Vaccination in Burma 1920-1933 - 1920-1933
Year: 1920
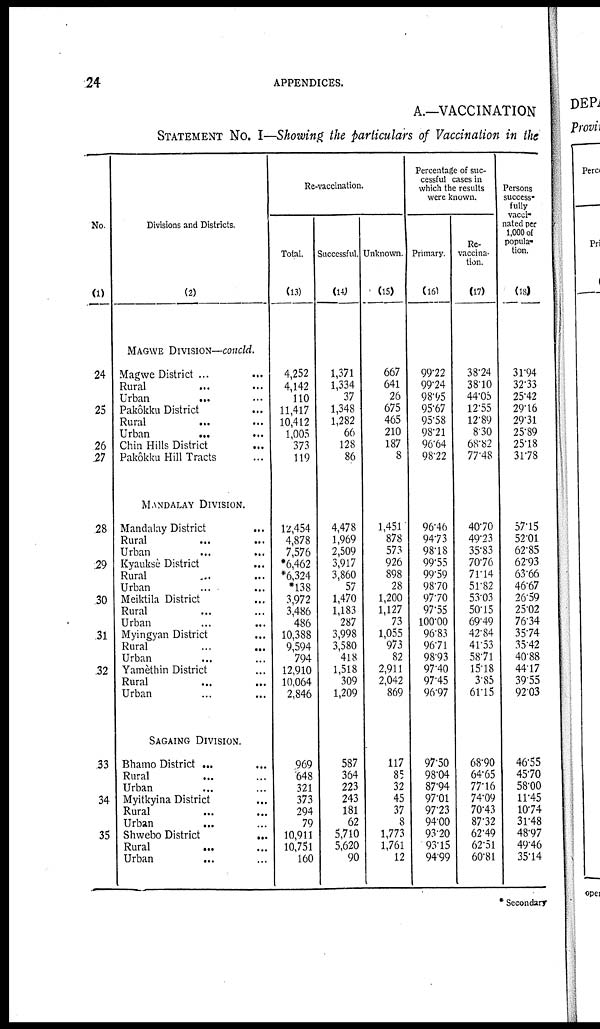
24
APPENDICES.
A.—VACCINATION
STATEMENT No. I—Showing the particulars of Vaccination in the
No.
(1)
24
25
26
27
28
29
30
.31
32
33
34
35
Divisions and Districts.
(2)
MAGWE DIVISION—concld.
Magwe District ... ... ...
Rural... ...
Urban... ...
Pakôkku District... ...
Rural... ...
Urban ... ...
Chin Hills District... ...
Pakôkku Hill Tracts... ...
MANDALAY DIVISION.
Mandalay District... ...
Rural... ...
Urban... ...
Kyauksè District... ...
Rural... ...
Urban... ...
Meiktila District... ...
Rural... ...
Urban... ...
Myingyan District... ...
Rural... ...
Urban... ...
Yamèthin District... ...
Rural... ...
Urban... ...
SAGAING DIVISION.
Bhamo District ... ... ...
Rural... ...
Urban... ...
Myitkyina District... ...
Rural... ...
Urban... ...
Shwebo
District...
...
Rural...
Urban...
Re-vaccination.
Total.
(13)
4,252
4,142
110
11,417
10,412
1,005
373
119
12,454
4,878
7,576
*6,462
*6,324
*138
3,972
3,486
486
10,388
9,594
794
12,910
10,064
2,846
969
648
321
373
294
79
10,911
10,751
160
Successful.
(14)
1,371
1,334
37
1,348
1,282
66
128
86
4,478
1,969
2,509
3,917
3,860
57
1,470
1,183
287
3,998
3,580
418
1,518
309
1,209
587
364
223
243
181
62
5,710
5,620
90
Unknown.
(15)
667
641
26
675
465
210
187
8
1,451
878
573
926
898
28
1,200
1,127
73
1,055
973
82
2,911
2,042
869
117
85
32
45
37
8
1,773
1,761
12
Percentage of suc-
cessful cases in
which the results
were known.
Primary.
(16)
99.22
99.24
98.95
95.67
95.58
98.21
96.64
98.22
96.46
94.73
98.18
99.55
99.59
98.70
97.70
97.55
100.00
96.83
96.71
98.93
97.40
97.45
96.97
97.50
98.04
87.94
97.01
97.23
94.00
93.20
93.15
94.99
Re-
vaccina-
tion.
(17)
38.24
38.10
44.05
12.55
12.89
8.30
68.82
77.48
40.70
49.23
35.83
70.76
71.14
51.82
53.03
50.15
69.49
42.84
41.53
58.71
15.18
3.85
61.15
68.90
64.65
77.16
74.09
70.43
87.32
62.49
62.51
60.81
Persons
success-
fully
vacci-
nated per
1,000 of
popula-
tion.
(18)
31.94
32.33
25.42
29.16
29.31
25.89
25.18
31.78
57.15
52.01
62.85
62.93
63.66
46.67
26.59
25.02
76.34
35.74
35.42
40.88
44.17
39.55
92.03
46.55
45.70
58.00
11.45
10.74
31.48
48.97
49.46
35.14
*Secondary